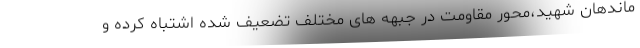
ماندهان شهید،محور مقاومت در جبهه های مختلف تضعیف شده اشتباه کرده و